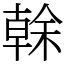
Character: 𠏉